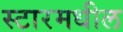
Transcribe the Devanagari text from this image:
स्टारमधील